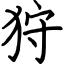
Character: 狩